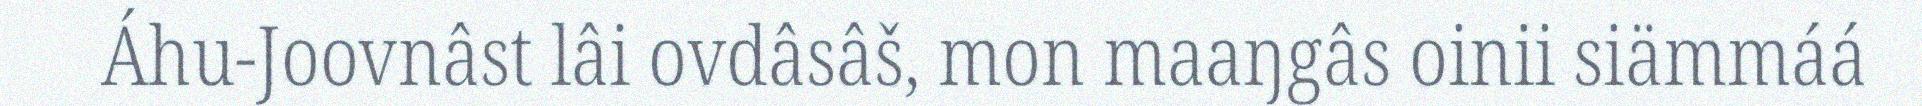
Áhu-Joovnâst lâi ovdâsâš, mon maaŋgâs oinii siämmáá